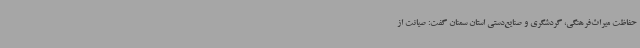
حفاظت میراث‌فرهنگی، گردشگری و صنایع‌دستی استان سمنان گفت: صیانت از